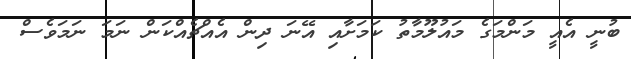
ބުނީ އެއީ މަންމަގެ މައުލޫމާތު ކަމަށާއި އޭނަ ދިން އެއްޗެއްކަން ނަމަ ނަމަވެސް